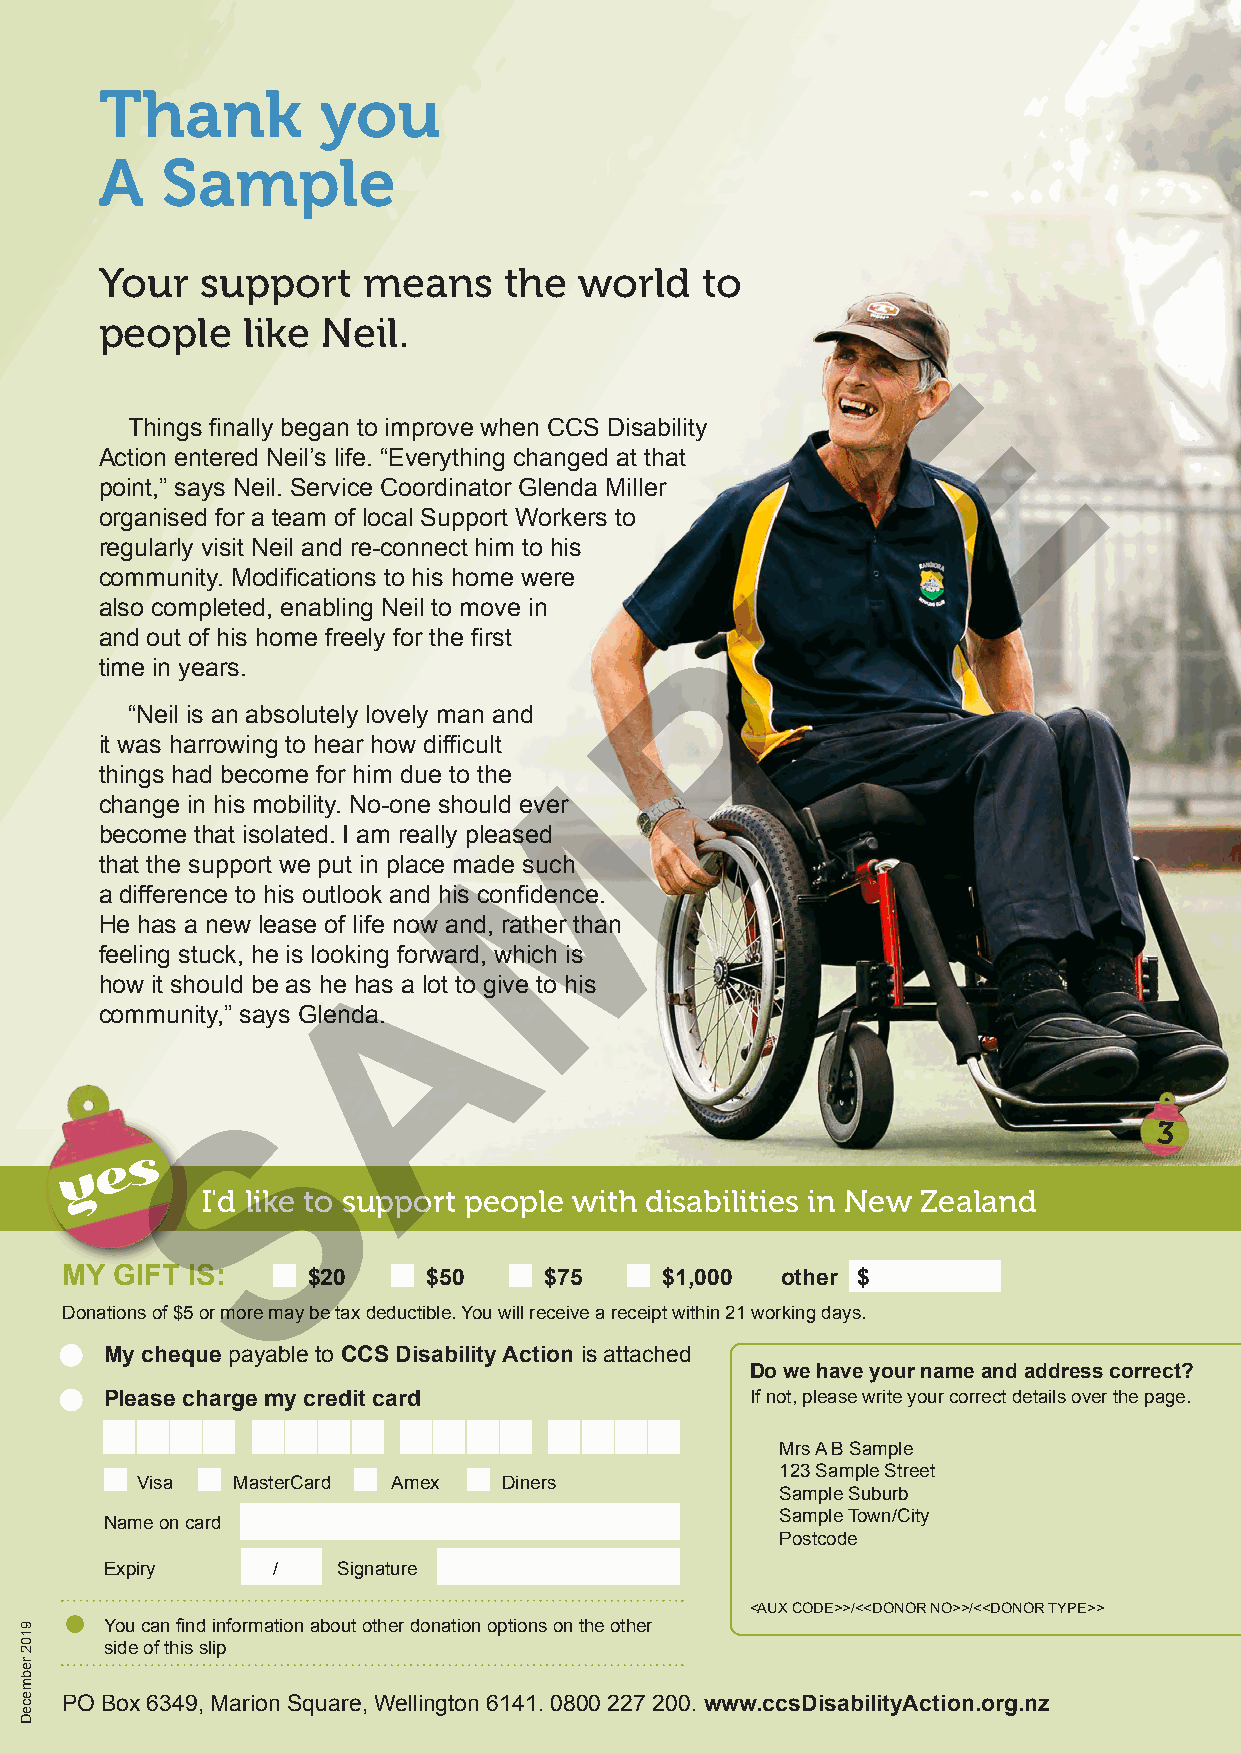
Thank         you
 A   Sample
 Your  support    means    the  world   to
 people   like Neil.
 E
 Things finally began to improve when CCS Disability
 Action entered Neil’s life. “Everything changed at that
 point,” says Neil. Service Coordinator Glenda Miller
 L
 organised for a team of local Support Workers to
 regularly visit Neil and re-connect him to his
 community. Modifications to his home were
 also completed, enabling Neil to move in
 P
 and out of his home freely for the first
 time in years.
 “Neil is an absolutely lovely man and
 it was harrowing to hear how difficult
 M
 things had become for him due to the
 change in his mobility. No-one should ever
 become that isolated. I am really pleased
 that the support we put in place made such
 a difference to his outlook and his confidence.
 He has a new lease of life now and, rather than
 A
 feeling stuck, he is looking forward, which is
 how it should be as he has a lot to give to his
 community,” says Glenda.
 S
 3
 s
 e
 y
 I'd like to support people with disabilities in New Zealand
 MY  GIFT IS:    $20     $50     $75     $1,000  other $
 Donations of $5 or more may be tax deductible. You will receive a receipt within 21 working days.
 My cheque payable to CCS Disability Action is attached
 Do we have your name and address correct?
 Please charge my credit card               If not, please write your correct details over the page.
 Mrs A B Sample
 123 Sample Street
 Visa  MasterCard Amex   Diners
 Sample Suburb
 Name on card
 Sample Town/City
 Postcode
 Expiry     /   Signature
 <AUX CODE>>/<<DONOR NO>>/<<DONOR TYPE>>
 You can find information about other donation options on the other
 side of this slip
 PO Box 6349, Marion Square, Wellington 6141. 0800 227 200. www.ccsDisabilityAction.org.nz
 9102
 rebmeceD